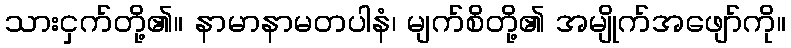
သားငှက်တို့၏။ နာမာနာမတပါနံ၊ မျက်စိတို့၏ အမျိုက်အဖျော်ကို။